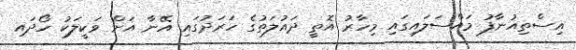
އިސްތިއުނާފު މައްސަލައިގައި މިހާރު އޮތީ ދައުލަތުގެ ހަރަދުގައި އޭނާ އަށް ވަކީލަކު ހޯދައި